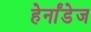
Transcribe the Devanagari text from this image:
हेर्नांडेज